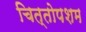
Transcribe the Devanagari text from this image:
चित्तोपशम